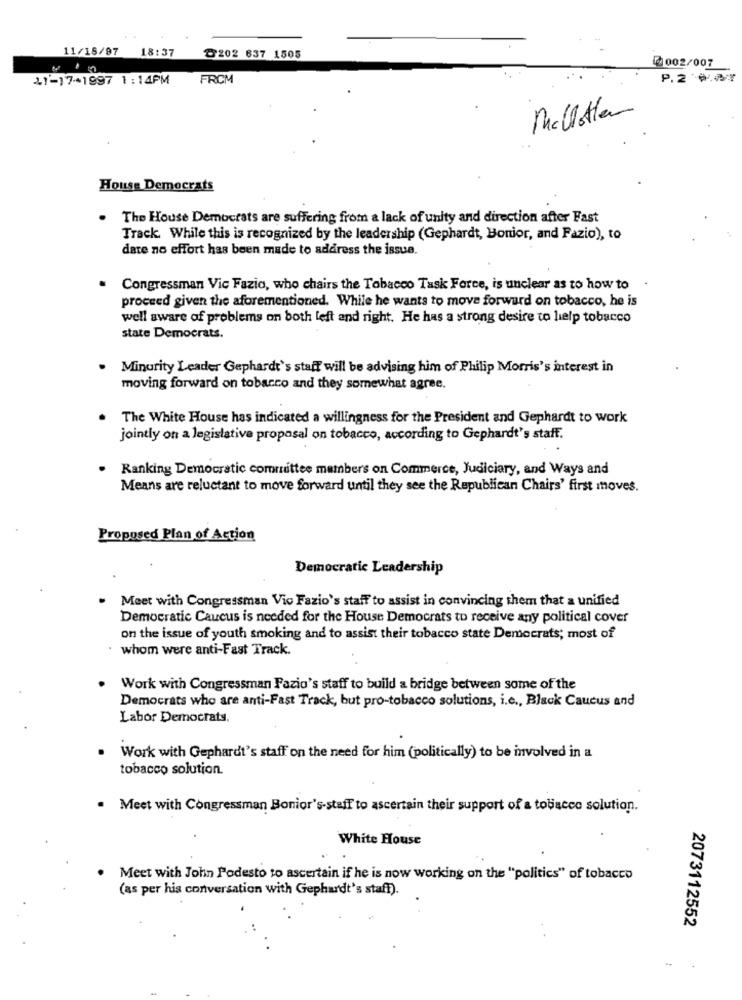
11/18/97 18:37
≥202 637 1505
002/007
41-17-1997 1:14PM FROM
P.200
Mallette
House Democrats
.
The House Democrats are suffering from a lack of unity and direction after Fast
Track. While this is recognized by the leadership (Gephardt, Bonior, and Fazio), to
date no effort has been made to address the issue.
. Congressman Vic Fazio, who chairs the Tobacco Task Force, is unclear as to how to
.
proceed given the aforementioned. While he wants to move forward on tobacco, he is
well aware of problems on both left and right. He has a strong desire to help tobacco
state Democrats.
Minority Leader Gephardt's staff will be advising him of Philip Morris's interest in
moving forward on tobacco and they somewhat agree.
The White House has indicated a willingness for the President and Gephardt to work
jointly on a legislative proposal on tobacco, according to Gephardt's staff.
Ranking Democratic committee members on Commerce, Judiciary, and Ways and
Means are reluctant to move forward until they see the Republican Chairs' first moves.
Proposed Plan of Action
Democratic Leadership
Meet with Congressman Vio Fazio's staff to assist in convincing them that a unified
Democratic Caucus is needed for the House Democrats to receive any political cover
on the issue of youth smoking and to assist their tobacco state Democrats; most of
whom were anti-Fast Track.
Work with Congressman Fazio's staff to build a bridge between some of the
Democrats who are anti-Fast Track, but pro-tobacco solutions, i.e ., Black Caucus and
Labor Democrats.
. Work with Gephardt's staff on the need for him (politically) to be involved in a
tobacco solution.
. Meet with Congressman Bonior's-staff to ascertain their support of a tobacco solution.
White House
Meet with John Podesto to ascertain if he is now working on the "politics" of tobacco
(as per his conversation with Gephardt's staff).
2073112552